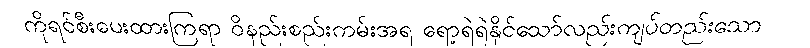
ကိုရင်စီးပေးထားကြရာ ဝိနည်းစည်းကမ်းအရ ရော့ရဲရဲနိုင်သော်လည်းကျပ်တည်းသော